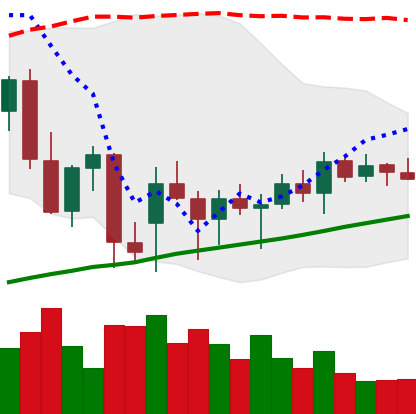
Ticker: ETH-USD
Chart end date: 2021-12-27
Forward return: -6.634%
Label: down_5_7